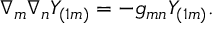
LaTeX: \nabla _ { m } \nabla _ { n } Y _ { ( 1 m ) } = - g _ { m n } Y _ { ( 1 m ) } .